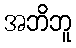
အဘိဘူ